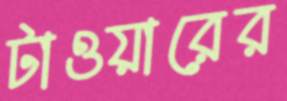
টাওয়ারের